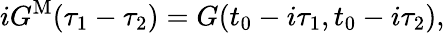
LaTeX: iG^{\mathrm{M}}(\tau_{1}-\tau_{2})=G(t_{0}-i\tau_{1},t_{0}-i\tau_{2}),